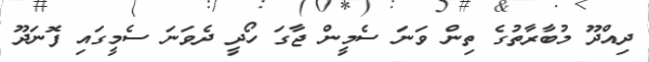
ދިއްދޫ މުބާރާތުގެ ތިން ވަނަ ސެމީން ޖާގަ ހޯދީ ދެވަނަ ސެމީގައި ފޮނަދޫ